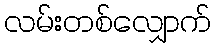
လမ်းတစ်လျှောက်